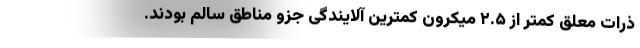
ذرات معلق کمتر از ۲.۵ میکرون کمترین آلایندگی جزو مناطق سالم بودند.